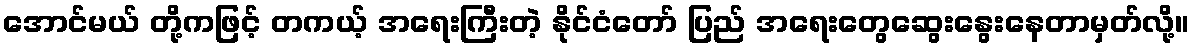
အောင်မယ် တို့ကဖြင့် တကယ့် အရေးကြီးတဲ့ နိုင်ငံတော် ပြည် အရေးတွေဆွေးနွေးနေတာမှတ်လို့။